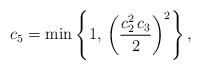
LaTeX: \begin{align*}c_5=\min\left\{1,\,\left(\frac{c_2^2\, c_3}{2}\right)^2\right\},\end{align*}